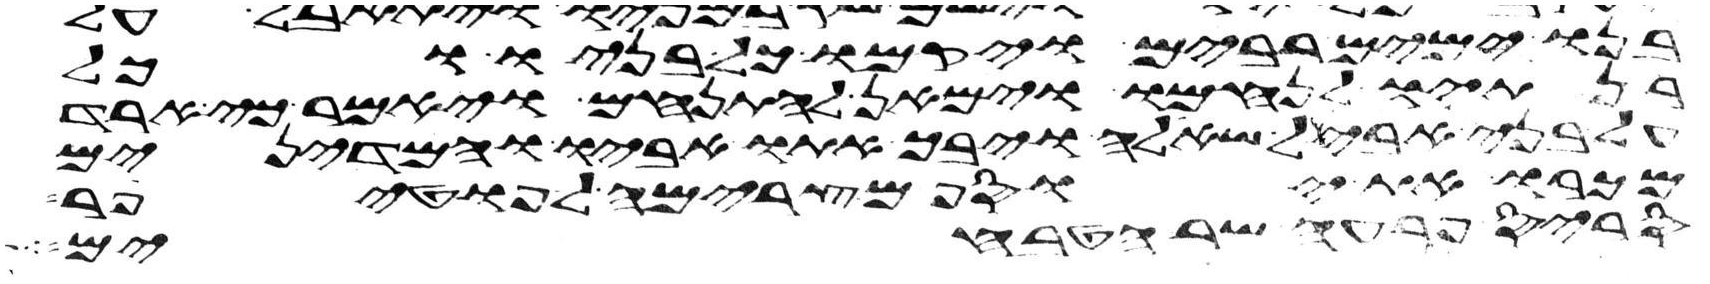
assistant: בנו ימים רבים ויקמו כל בניו וכל
בנתיו לנחמו וימאן להתנחם ויאמר כי ארד
על בני אבל שאלה ויבך אתו אביו והמדינים
מכרו את יוסף מצרימה לפוטיפר
סריס פרעה שר הטבחים